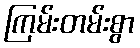
ကြမ်းတမ်းစွာ